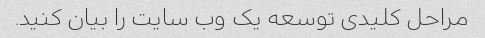
مراحل کلیدی توسعه یک وب سایت را بیان کنید.